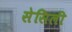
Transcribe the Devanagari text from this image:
सेसिली